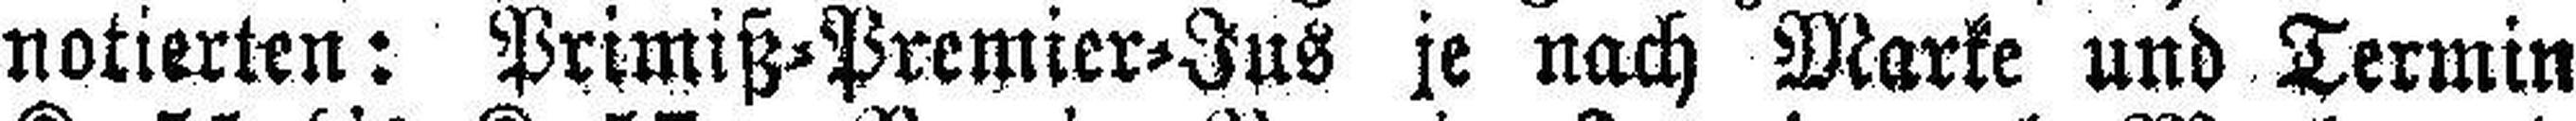
notierten: Primiß=Premier=Jus je nach Marke und Termin